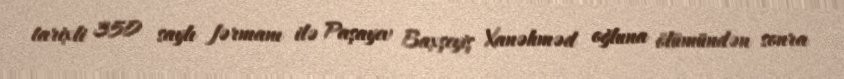
tarixli 350 saylı fərmanı ilə Paşayev Baxşeyiş Xanəhməd oğluna ölümündən sonra